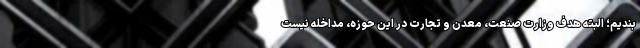
بندیم؛ البته هدف وزارت صنعت، معدن و تجارت در این حوزه، مداخله نیست